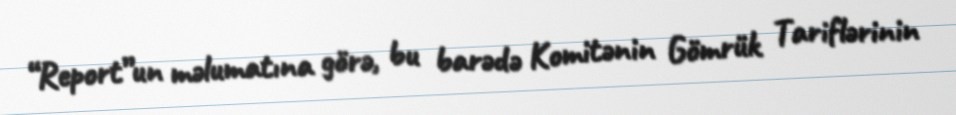
“Report”un məlumatına görə, bu barədə Komitənin Gömrük Tariflərinin